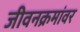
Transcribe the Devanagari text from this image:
जीवनक्रमांवर